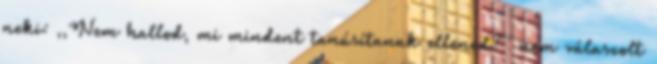
neki: ,,Nem hallod, mi mindent tanúsítanak ellened?'' nem válaszolt